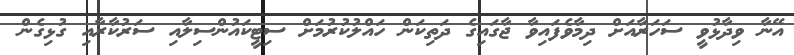
އޭނާ ވިދާޅުވީ ސަހަރާއަށް ދިމާވެފައިވާ ޖާގައިގެ ދަތިކަން ހައްލުކުރުމަށް ސިޓީކައުންސިލާއި ސަރުކާރާއި ގުޅިގެން